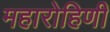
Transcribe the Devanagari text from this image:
महारोहिणी